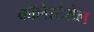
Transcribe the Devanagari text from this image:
कॉलेस्टेरोल